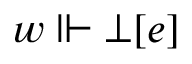
w \Vdash \bot [ e ]